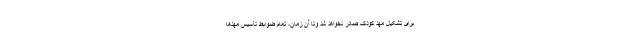
برای تشکیل مهد کودک صادر نخواهد شد وتا آن زمان، تمام ضوابط تأسیس مهدها